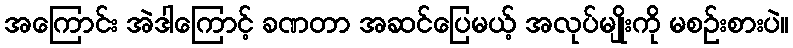
အကြောင်း အဲဒါကြောင့် ခဏတာ အဆင်ပြေမယ့် အလုပ်မျိုးကို မစဉ်းစားပဲ။